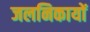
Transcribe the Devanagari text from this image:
जलनिकायों